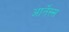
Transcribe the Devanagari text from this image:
आर्तेस्स